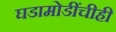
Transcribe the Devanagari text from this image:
घडामोडींचीही